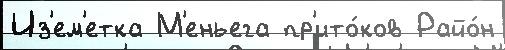
Из'ем'етка М'еньега пр'ито́ков Райо́н